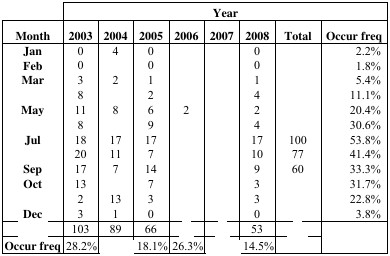
<table><thead><tr><td>[EMPTY_CELL]</td><td colspan="8"><b>Year</b></td></tr><tr><td><b>Month</b></td><td><b>2003</b></td><td><b>2004</b></td><td><b>2005</b></td><td><b>2006</b></td><td><b>2007</b></td><td><b>2008</b></td><td><b>Total</b></td><td><b>Occur freq</b></td></tr></thead><tbody><tr><td><b>Jan</b></td><td>0</td><td>4</td><td>0</td><td>[EMPTY_CELL]</td><td>[EMPTY_CELL]</td><td>0</td><td>[EMPTY_CELL]</td><td>2.2%</td></tr><tr><td><b>Feb</b></td><td>0</td><td>[EMPTY_CELL]</td><td>0</td><td>[EMPTY_CELL]</td><td>[EMPTY_CELL]</td><td>0</td><td>[EMPTY_CELL]</td><td>1.8%</td></tr><tr><td><b>Mar</b></td><td>3</td><td>2</td><td>1</td><td>[EMPTY_CELL]</td><td>[EMPTY_CELL]</td><td>1</td><td>[EMPTY_CELL]</td><td>5.4%</td></tr><tr><td>[EMPTY_CELL]</td><td>8</td><td>[EMPTY_CELL]</td><td>2</td><td>[EMPTY_CELL]</td><td>[EMPTY_CELL]</td><td>4</td><td>[EMPTY_CELL]</td><td>11.1%</td></tr><tr><td><b>May</b></td><td>11</td><td>8</td><td>6</td><td>2</td><td>[EMPTY_CELL]</td><td>2</td><td>[EMPTY_CELL]</td><td>20.4%</td></tr><tr><td>[EMPTY_CELL]</td><td>8</td><td>[EMPTY_CELL]</td><td>9</td><td>[EMPTY_CELL]</td><td>[EMPTY_CELL]</td><td>4</td><td>[EMPTY_CELL]</td><td>30.6%</td></tr><tr><td><b>Jul</b></td><td>18</td><td>17</td><td>17</td><td>[EMPTY_CELL]</td><td>[EMPTY_CELL]</td><td>17</td><td>100</td><td>53.8%</td></tr><tr><td>[EMPTY_CELL]</td><td>20</td><td>11</td><td>7</td><td>[EMPTY_CELL]</td><td>[EMPTY_CELL]</td><td>10</td><td>77</td><td>41.4%</td></tr><tr><td><b>Sep</b></td><td>17</td><td>7</td><td>14</td><td>[EMPTY_CELL]</td><td>[EMPTY_CELL]</td><td>9</td><td>60</td><td>33.3%</td></tr><tr><td><b>Oct</b></td><td>13</td><td>[EMPTY_CELL]</td><td>7</td><td>[EMPTY_CELL]</td><td>[EMPTY_CELL]</td><td>3</td><td>[EMPTY_CELL]</td><td>31.7%</td></tr><tr><td>[EMPTY_CELL]</td><td>2</td><td>13</td><td>3</td><td>[EMPTY_CELL]</td><td>[EMPTY_CELL]</td><td>3</td><td>[EMPTY_CELL]</td><td>22.8%</td></tr><tr><td><b>Dec</b></td><td>3</td><td>1</td><td>0</td><td>[EMPTY_CELL]</td><td>[EMPTY_CELL]</td><td>0</td><td>[EMPTY_CELL]</td><td>3.8%</td></tr><tr><td>[EMPTY_CELL]</td><td>103</td><td>89</td><td>66</td><td>[EMPTY_CELL]</td><td>[EMPTY_CELL]</td><td>53</td><td>[EMPTY_CELL]</td><td rowspan="3">[EMPTY_CELL]</td></tr><tr><td><b>Occur freq</b></td><td>28.2%</td><td>[EMPTY_CELL]</td><td>18.1%</td><td>26.3%</td><td>[EMPTY_CELL]</td><td>14.5%</td><td>[EMPTY_CELL]</td></tr></tbody></table>